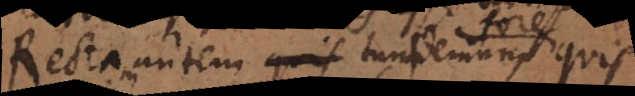
Rectam autem quis tum demum fore quis